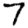
Digit: 7